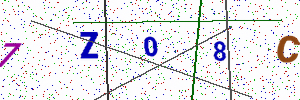
Text: 7Z08C